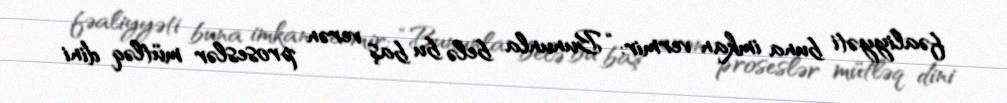
fəaliyyəti buna imkan vermir: “Bununla belə bu baş verən proseslər mütləq dini